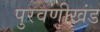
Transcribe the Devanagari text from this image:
पुरवणीखंड